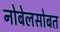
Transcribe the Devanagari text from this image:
नोबेलसोबत